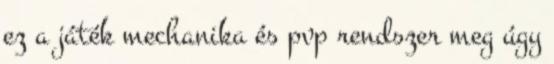
ez a játék mechanika és pvp rendszer meg úgy